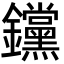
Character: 钂